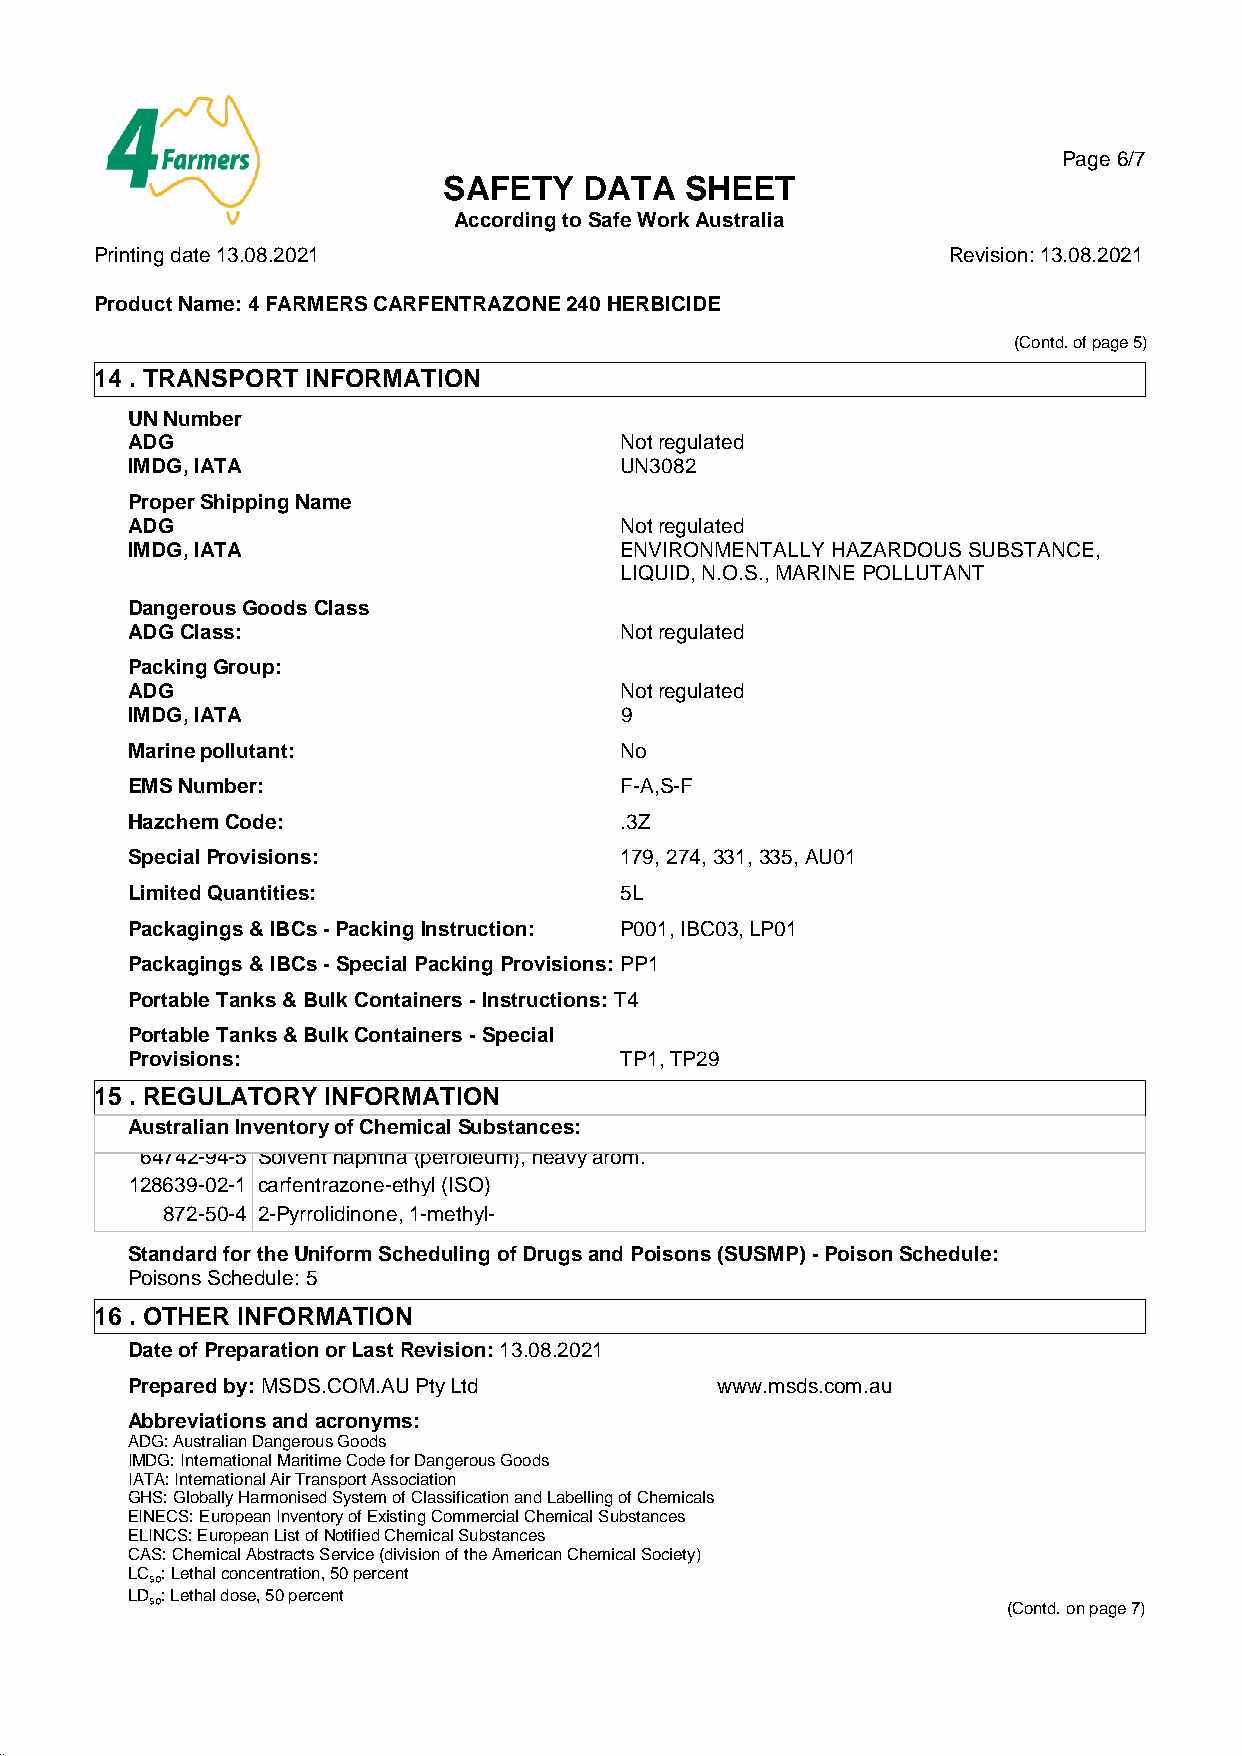
Page 6/7
 SAFETY    DATA  SHEET
 According to Safe Work Australia
 Printing date 13.08.2021                                 Revision: 13.08.2021
 Product Name: 4 FARMERS CARFENTRAZONE 240 HERBICIDE
 (Contd. of page 5)
 14 . TRANSPORT INFORMATION
 UN Number
 ADG                              Not regulated
 IMDG, IATA                       UN3082
 Proper Shipping Name
 ADG                              Not regulated
 IMDG, IATA                       ENVIRONMENTALLY HAZARDOUS SUBSTANCE,
 LIQUID, N.O.S., MARINE POLLUTANT
 Dangerous Goods Class
 ADG Class:                       Not regulated
 Packing Group:
 ADG                              Not regulated
 IMDG, IATA                       9
 Marine pollutant:                No
 EMS Number:                      F-A,S-F
 Hazchem Code:                    .3Z
 Special Provisions:              179, 274, 331, 335, AU01
 Limited Quantities:              5L
 Packagings & IBCs - Packing Instruction: P001, IBC03, LP01
 Packagings & IBCs - Special Packing Provisions: PP1
 Portable Tanks & Bulk Containers - Instructions: T4
 Portable Tanks & Bulk Containers - Special
 Provisions:                      TP1, TP29
 15 . REGULATORY INFORMATION
 Australian Inventory of Chemical Substances:
 64742-94-5 Solvent naphtha (petroleum), heavy arom.
 128639-02-1 carfentrazone-ethyl (ISO)
 872-50-4 2-Pyrrolidinone, 1-methyl-
 Standard for the Uniform Scheduling of Drugs and Poisons (SUSMP) - Poison Schedule:
 Poisons Schedule: 5
 16 . OTHER INFORMATION
 Date of Preparation or Last Revision: 13.08.2021
 Prepared by: MSDS.COM.AU Pty Ltd       www.msds.com.au
 Abbreviations and acronyms:
 ADG: Australian Dangerous Goods
 IMDG: International Maritime Code for Dangerous Goods
 IATA: International Air Transport Association
 GHS: Globally Harmonised System of Classification and Labelling of Chemicals
 EINECS: European Inventory of Existing Commercial Chemical Substances
 ELINCS: European List of Notified Chemical Substances
 CAS: Chemical Abstracts Service (division of the American Chemical Society)
 LC₅₀: Lethal concentration, 50 percent
 LD₅₀: Lethal dose, 50 percent
 (Contd. on page 7)
 41.0